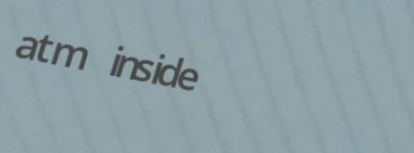
atm inside